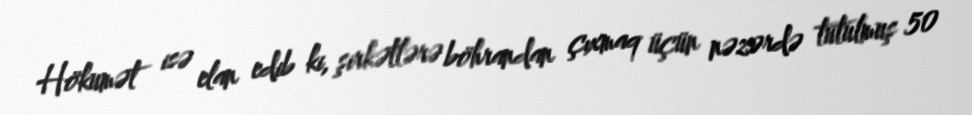
Hökumət isə elan edib ki, şirkətlərə böhrandan çıxmaq üçün nəzərdə tutulmuş 50